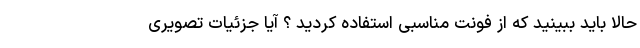
حالا باید ببینید که از فونت مناسبی استفاده کردید ؟ آیا جزئیات تصویری